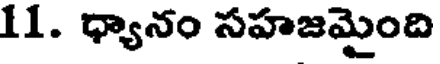
11. ధ్యానం సహజమైంది